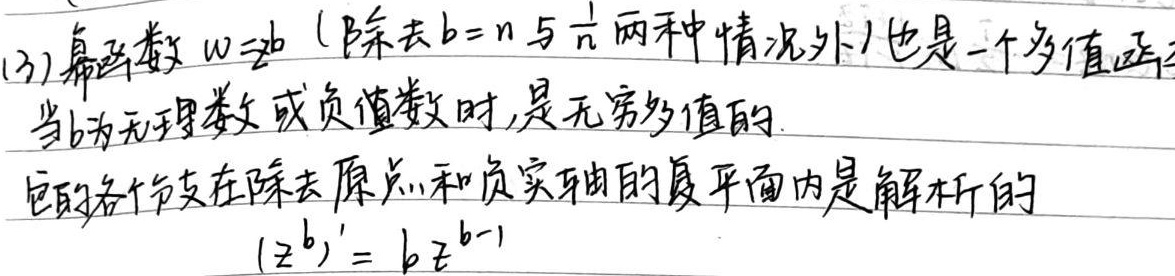
(3) 幂函数 \( w = z^{b} \)（除去 \( b = n \) 与 \( \frac{1}{n} \) 两种情况外）也是一个多值函数。当 \( b \) 为无理数或负整数时，是无穷多值的。它的各个分支在除去原点和负实轴的复平面内是解析的。
\[
(z^{b})' = bz^{b - 1}
\]